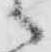
々